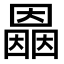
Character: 𡈲